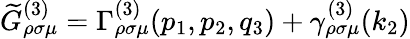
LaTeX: \widetilde{G}_{\rho\sigma\mu}^{(3)}=\Gamma_{\rho\sigma\mu}^{(3)}(p_{1},p_{2},q_{3})+\gamma_{\rho\sigma\mu}^{(3)}(k_{2})